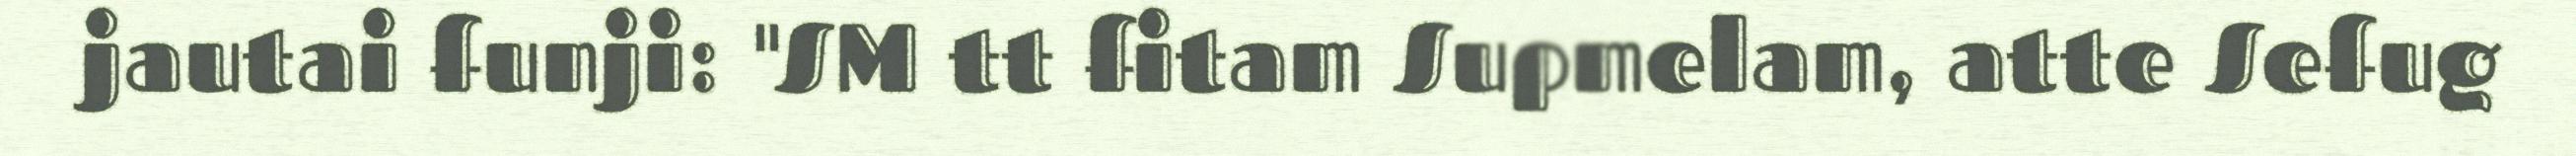
jautai funji: "SM tt fitam Supmelam, atte Sefug